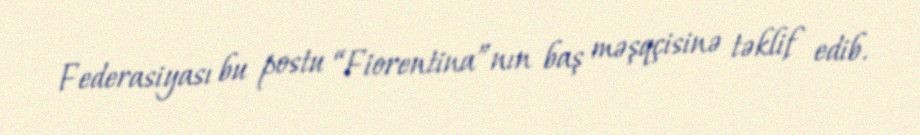
Federasiyası bu postu “Fiorentina”nın baş məşqçisinə təklif edib.